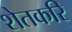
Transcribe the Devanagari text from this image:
शेतकरि